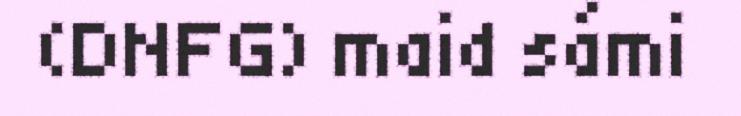
(DNFG) maid sámi